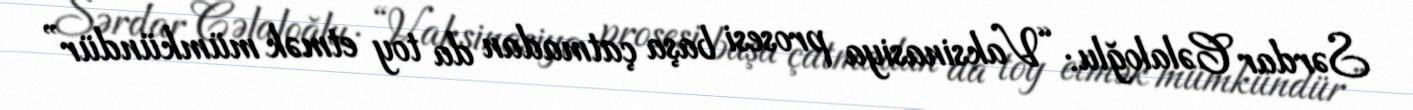
Sərdar Cəlaloğlu: “Vaksinasiya prosesi başa çatmadan da toy etmək mümkündür”